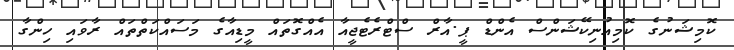
ކޮމިޝަނުގެ ކޮމިއުނިކޭޝަންސް އެންޑް ޕީ.އާރް ސްޓްރެޓެޖީއާ އެއްގޮތައް މީޑިއާގެ މަސައްކަތްތައް ރާވައި ހިންގާ